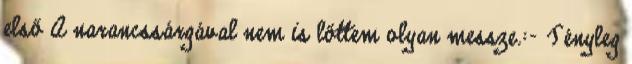
első A narancssárgával nem is lőttem olyan messze.:- Tényleg